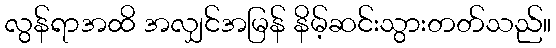
လွန်ရာအထိ အလျှင်အမြန် နိမ့်ဆင်းသွားတတ်သည်။